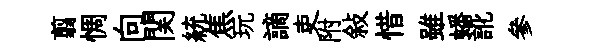
翦惆向関統焦玩謫吏附敍惜雖蟠訛參